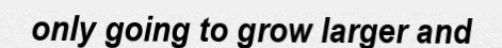
only going to grow larger and